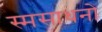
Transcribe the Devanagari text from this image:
स्मसाधनो